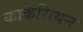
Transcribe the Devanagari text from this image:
काकेसियन